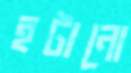
হটানো